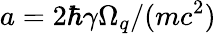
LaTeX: a=2\hbar\gamma\Omega_{q}/(mc^{2})